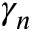
\gamma _ { n }